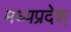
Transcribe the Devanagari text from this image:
मध्यप्रदेश्